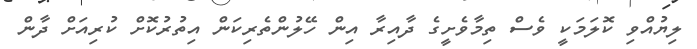
ލިޔުއްވި ކޮލަމަކީ ވެސް ތިމާވެށީގެ ދާއިރާ އިން ހޭލުންތެރިކަން އިތުރުކޮށް ކުރިއަށް ދާން